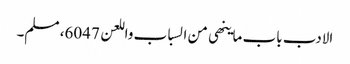
الادب باب ماینھی من السباب واللعن 6047، مسلم۔